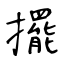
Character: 擺